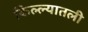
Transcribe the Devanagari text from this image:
किल्ल्यातली